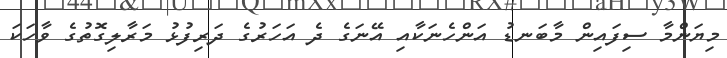
މިޔަންމާ ސިފައިން މާބަނޑު އަންހެނަކާއި އޭނަގެ ދެ އަހަރުގެ ދަރިފުޅު މަރާލިގޮތުގެ ވާހަކަ